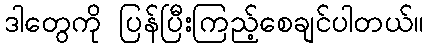
ဒါတွေကို ပြန်ပြီးကြည့်စေချင်ပါတယ်။